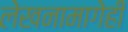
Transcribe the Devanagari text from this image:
लेखनामागेही